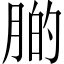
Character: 𦝂